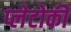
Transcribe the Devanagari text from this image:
प्लेटोकी